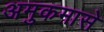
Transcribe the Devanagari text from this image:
अमुकमासे